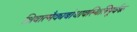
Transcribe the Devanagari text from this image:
शिवात्मैक्यबोधावस्थितिपूर्वक